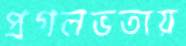
প্রগলভতায়